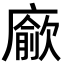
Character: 𢋅